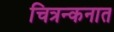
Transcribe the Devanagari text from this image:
चित्रन्कनात